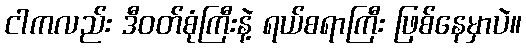
ငါကလည်း ဒီဝတ်စုံကြီးနဲ့ ရယ်စရာကြီး ဖြစ်နေမှာပဲ။